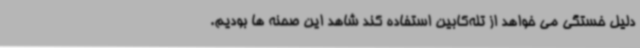
دلیل خستگی می خواهد از تله‌کابین استفاده کند شاهد این صحنه ها بودیم.